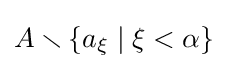
A\smallsetminus \{a_{\xi }\mid \xi <\alpha \}